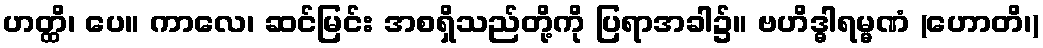
ဟတ္ထိ၊ ပေ။ ကာလေ၊ ဆင်မြင်း အစရှိသည်တို့ကို ပြရာအခါ၌။ ဗဟိဒ္ဓါရမ္မဏံ (ဟောတိ၊)